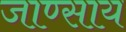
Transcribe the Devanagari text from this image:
जाण्साय